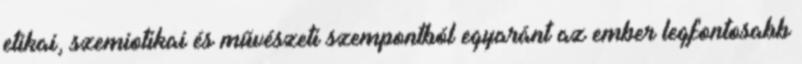
etikai, szemiotikai és művészeti szempontból egyaránt az ember legfontosabb